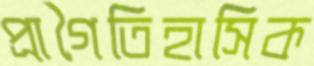
প্রাগৈতিহাসিক